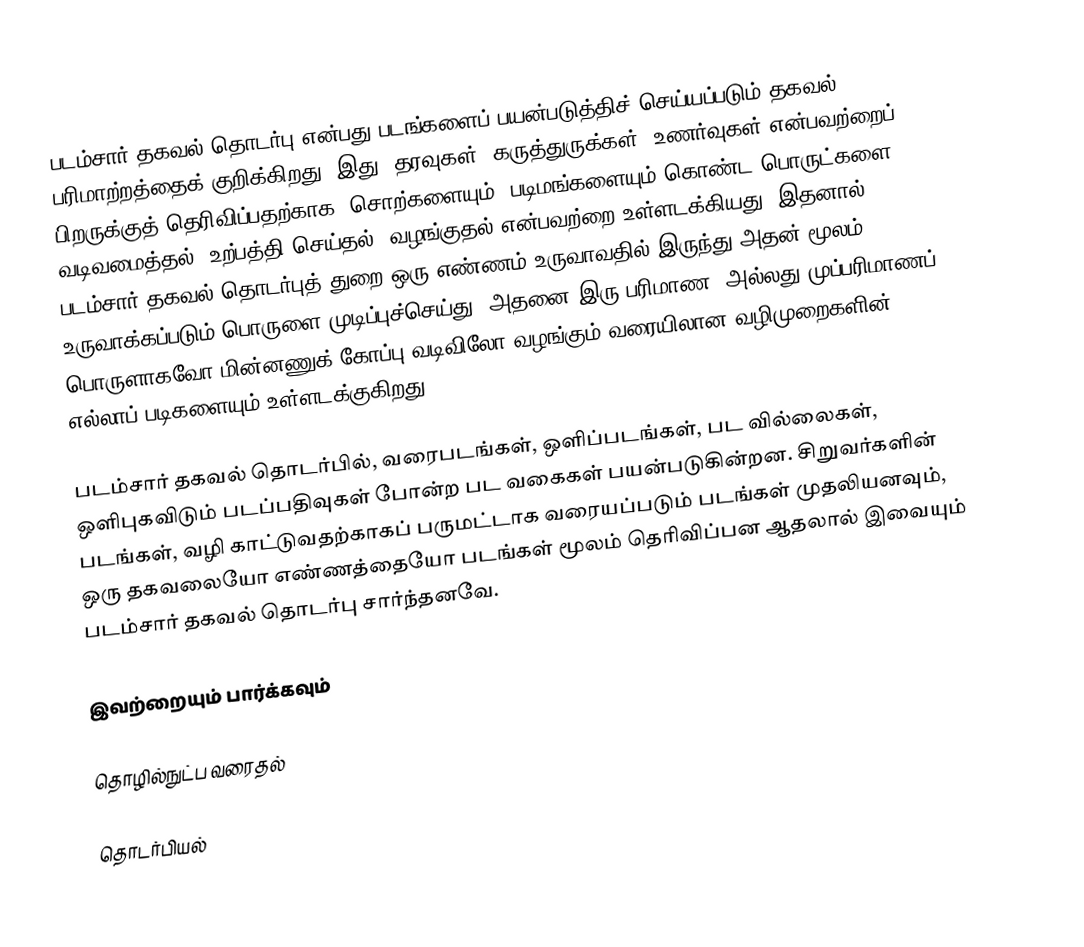
படம்சார் தகவல் தொடர்பு என்பது படங்களைப் பயன்படுத்திச் செய்யப்படும் தகவல் பரிமாற்றத்தைக் குறிக்கிறது. இது, தரவுகள், கருத்துருக்கள், உணர்வுகள் என்பவற்றைப் பிறருக்குத் தெரிவிப்பதற்காக; சொற்களையும், படிமங்களையும் கொண்ட பொருட்களை வடிவமைத்தல், உற்பத்தி செய்தல், வழங்குதல் என்பவற்றை உள்ளடக்கியது. இதனால், படம்சார் தகவல் தொடர்புத் துறை ஒரு எண்ணம் உருவாவதில் இருந்து அதன் மூலம் உருவாக்கப்படும் பொருளை முடிப்புச்செய்து, அதனை இரு பரிமாண, அல்லது முப்பரிமாணப் பொருளாகவோ மின்னணுக் கோப்பு வடிவிலோ வழங்கும் வரையிலான வழிமுறைகளின் எல்லாப் படிகளையும் உள்ளடக்குகிறது.

படம்சார் தகவல் தொடர்பில், வரைபடங்கள், ஒளிப்படங்கள், பட வில்லைகள், ஒளிபுகவிடும் படப்பதிவுகள் போன்ற பட வகைகள் பயன்படுகின்றன. சிறுவர்களின் படங்கள், வழி காட்டுவதற்காகப் பருமட்டாக வரையப்படும் படங்கள் முதலியனவும், ஒரு தகவலையோ எண்ணத்தையோ படங்கள் மூலம் தெரிவிப்பன ஆதலால் இவையும் படம்சார் தகவல் தொடர்பு சார்ந்தனவே.

இவற்றையும் பார்க்கவும்

 தொழில்நுட்ப வரைதல்

தொடர்பியல்